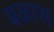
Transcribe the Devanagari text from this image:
बळास